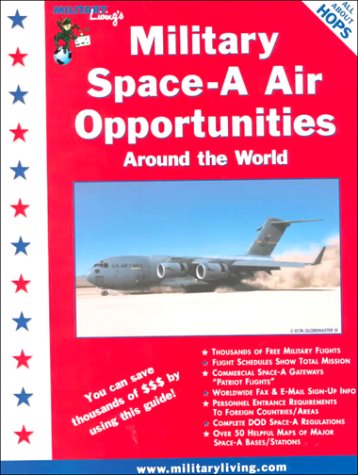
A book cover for Military Space-A Air Opportunities Around the World; Ann Caddell Crawford; Travel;